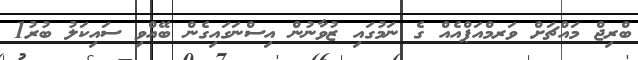
ބްރިޖް މައްޗަށް ވަރމްއަޕްއެއް ގެ ނަމުގައި ޒުވާނުން އިސްނަގައިގެން ބޭއްވި ސައިކަލު ބުރު1